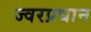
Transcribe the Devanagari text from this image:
ज्वरप्रधान